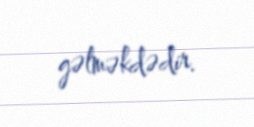
gəlməkdədir.